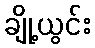
ချို့ယွင်း